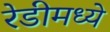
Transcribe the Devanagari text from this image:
रेडीमध्ये